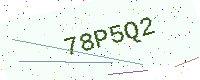
Text: 78P5Q2